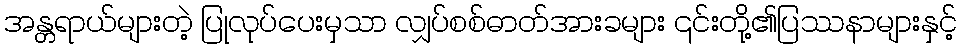
အန္တရာယ်များတဲ့ ပြုလုပ်ပေးမှသာ လျှပ်စစ်ဓာတ်အားခများ ၎င်းတို့၏ပြဿနာများနှင့်